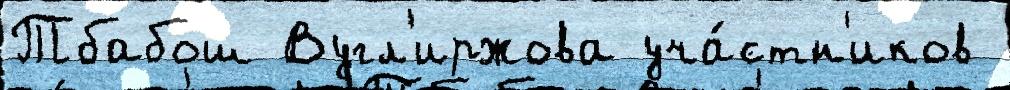
Тбабош Вугл'иржова уча́стн'иков